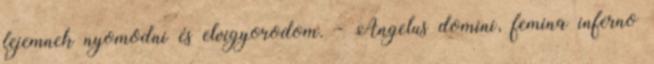
fejemnek nyomódni és elvigyorodom. - Angelus domini, femina inferno